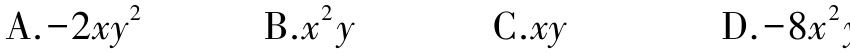
A.$-2xy^{2}$  B.$x^{2}y$  C.$xy$  D.$-8x^{2}y$